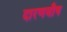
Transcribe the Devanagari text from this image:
दारणवौष